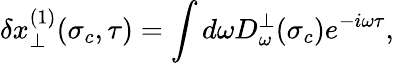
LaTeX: \delta x_{\perp}^{(1)}(\sigma_{c},\tau)=\int d\omega D_{\omega}^{\perp}(\sigma_{c})e^{-i\omega\tau},